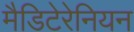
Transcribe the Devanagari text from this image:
मैडिटेरेनियन